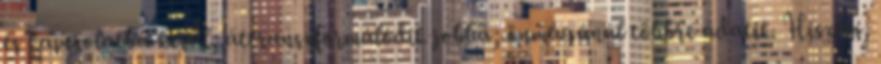
és kapcsolatba kerül, áttranszformálódik jobbá; önmagánál többre adatik. Hiszem,